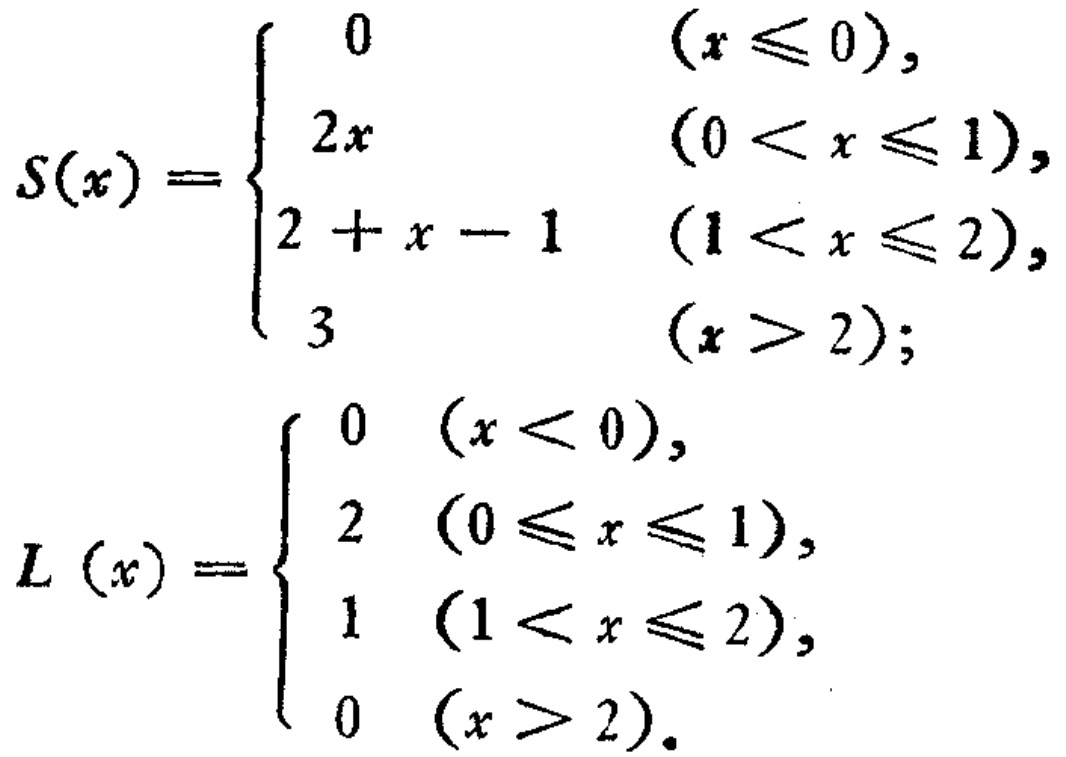
\[
S(x)=\begin{cases}
0 & (x\leqslant 0),\\
2x & (0 < x\leqslant 1),\\
2 + x - 1 & (1 < x\leqslant 2),\\
3 & (x > 2);
\end{cases}
\]
\[
L(x)=\begin{cases}
0 & (x < 0),\\
2 & (0\leqslant x\leqslant 1),\\
1 & (1 < x\leqslant 2),\\
0 & (x > 2).
\end{cases}
\]